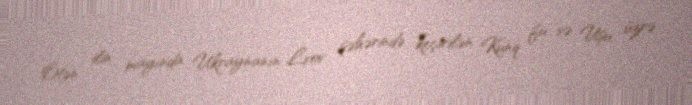
Ötən ilin mayında Ukraynanın Lvov şəhərində keçirilən Kunq fu və Uşu üzrə